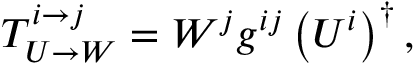
T _ { U \rightarrow W } ^ { i \rightarrow j } = W ^ { j } g ^ { i j } \left( U ^ { i } \right) ^ { \dagger } ,